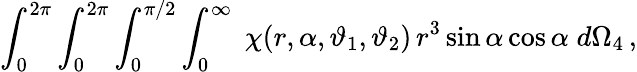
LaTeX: \int_{0}^{2\pi}\int_{0}^{2\pi}\int_{0}^{\pi/2}\int_{0}^{\infty}\; \chi(r,\alpha,\vartheta_{1},\vartheta_{2})\, r^{3}\sin\alpha\cos\alpha\; d\Omega_{4}\, ,